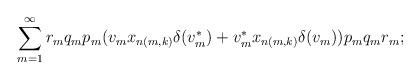
LaTeX: \begin{align*}\sum_{m=1}^\infty r_mq_mp_m(v_mx_{n(m,k)}\delta(v_m^*)+v_m^*x_{n(m,k)}\delta(v_m))p_mq_mr_m; \end{align*}